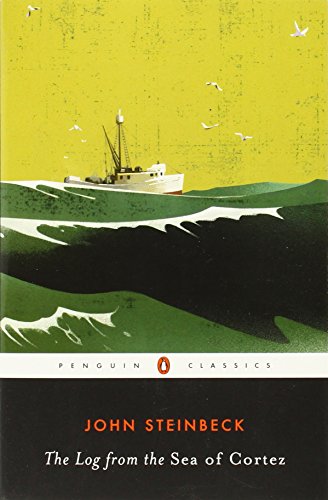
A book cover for The Log from the Sea of Cortez (Penguin Classics); John Steinbeck; Science & Math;